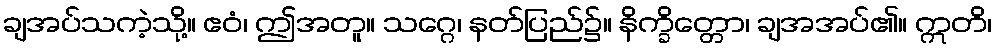
ချအပ်သကဲ့သို့။ ဧဝံ၊ ဤအတူ။ သဂ္ဂေ၊ နတ်ပြည်၌။ နိက္ခိတ္တော၊ ချအအပ်၏။ ဣတိ၊